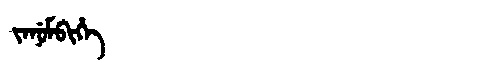
Manchu: ᠵᠠᠨᡠᠮᠪᡳᡥᡝ
Romanization: JANUMBIHE